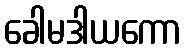
ခေါမဒါယကော